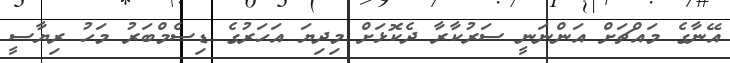
އޭނާގެ މައްޗަށް އަންނަނީ ސަރުކާރާ ދެކޮޅަށް މިދިޔަ އަހަރުގެ ޑިސެމްބަރު މަހު ރިޔާސީ